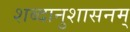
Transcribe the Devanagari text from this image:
शब्दानुशासनम्